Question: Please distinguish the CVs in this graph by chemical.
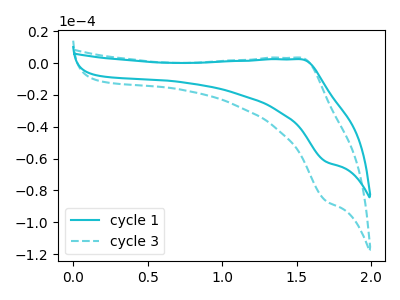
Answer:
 <answer>The cyan curve is labeled "cycle 1". The cyan dashed curve is labeled "cycle 3".</answer>
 <eval></eval>